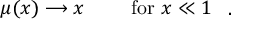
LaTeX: { \begin{array} { r l r } { \mu ( x ) \longrightarrow x } & { { } } & { { \mathrm { ~ f o r ~ } } x \ll 1 } \end{array} } ~ .